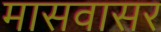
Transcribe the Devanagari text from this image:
मासवासर